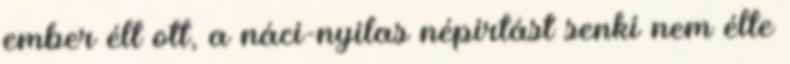
ember élt ott, a náci-nyilas népirtást senki nem élte